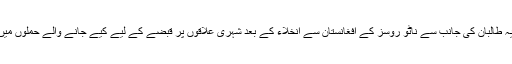
خیال رہے کہ یہ طالبان کی جانب سے ناٹو روسز کے افغانستان سے انخلاء کے بعد شہری علاقوں پر قبضے کے لیے کیے جانے والے حملوں میں تازہ حملہ ہے۔